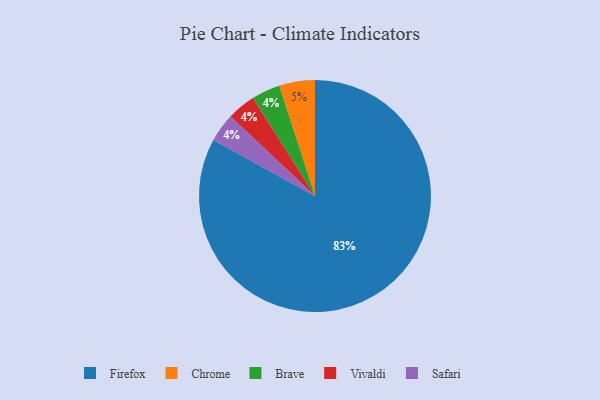
{"axis": {"x": "Category", "y": "Percentage"}, "legend": ["Brave", "Chrome", "Firefox", "Safari", "Vivaldi"], "data": [{"x": "Brave", "y": 4, "type": "Brave"}, {"x": "Firefox", "y": 83, "type": "Firefox"}, {"x": "Chrome", "y": 5, "type": "Chrome"}, {"x": "Vivaldi", "y": 4, "type": "Vivaldi"}, {"x": "Safari", "y": 4, "type": "Safari"}]}